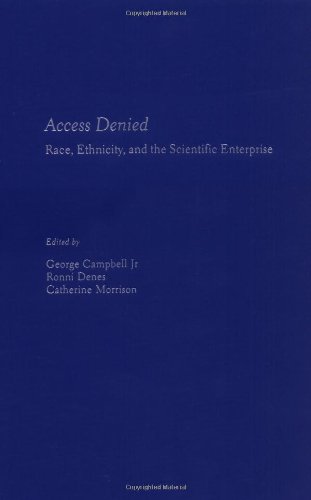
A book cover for Access Denied: Race, Ethnicity, and the Scientific Enterprise; Politics & Social Sciences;